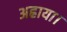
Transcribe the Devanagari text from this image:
अह्राया।